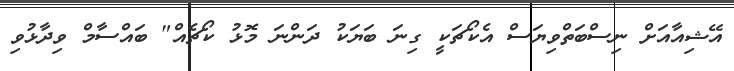
އޭޝިއާއަށް ނިސްބަތްވިޔަސް އެކޯޗަކީ ގިނަ ބަޔަކު ދަންނަ މޮޅު ކޯޗެއް" ބައްސާމް ވިދާޅުވި